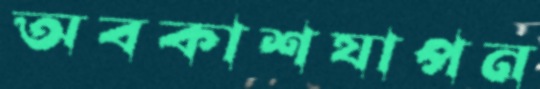
অবকাশযাপন